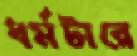
ধর্মটারে